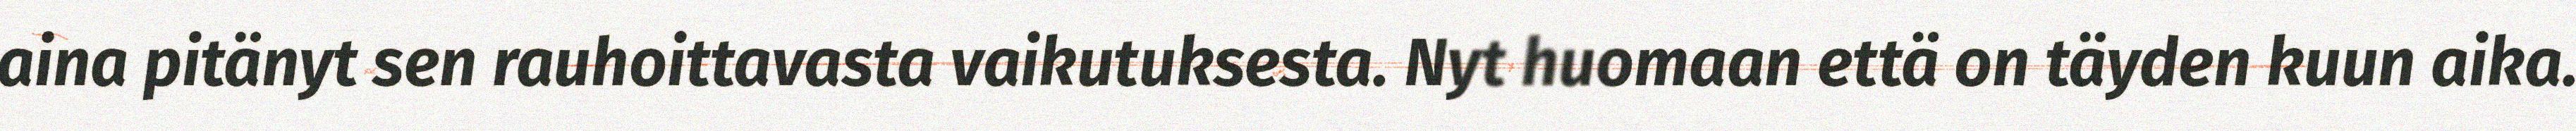
aina pitänyt sen rauhoittavasta vaikutuksesta. Nyt huomaan että on täyden kuun aika.